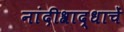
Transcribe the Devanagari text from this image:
नांदीश्राद्धाचें